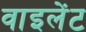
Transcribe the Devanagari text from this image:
वाइलेंट